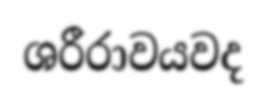
ශරීරාවයවද